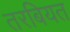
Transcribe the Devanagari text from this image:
तरबियत